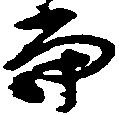
当